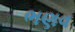
ભણવ